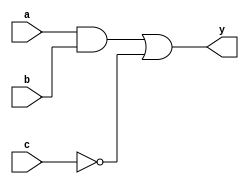
module combinational_logic (
    input wire a,
    input wire b,
    input wire c,
    output reg y
);

// Sensitivity List: The block is sensitive to changes in a, b, or c
always @ (a, b, c) begin
    // Combinational Logic Implementation
    // Example: y is assigned the result of a AND b OR NOT c
    y = (a & b) | (~c);
end

endmodule